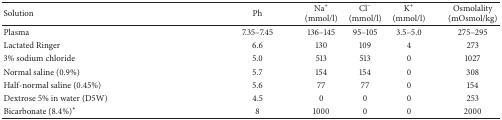
<table><thead><tr><td><b>Solution</b></td><td><b>Ph</b></td><td><b>Na<sup>+</sup> (mmol/l)</b></td><td><b>Cl<sup>−</sup> (mmol/l)</b></td><td><b>K<sup>+</sup> (mmol/l)</b></td><td><b>Osmolality(mOsmol/kg)</b></td></tr></thead><tbody><tr><td>Plasma</td><td>7.35–7.45</td><td>136–145</td><td>95–105</td><td>3.5–5.0</td><td>275–295</td></tr><tr><td>Lactated Ringer</td><td>6.6</td><td>130</td><td>109</td><td>4</td><td>273</td></tr><tr><td>3% sodium chloride</td><td>5.0</td><td>513</td><td>513</td><td>0</td><td>1027</td></tr><tr><td>Normal saline (0.9%)</td><td>5.7</td><td>154</td><td>154</td><td>0</td><td>308</td></tr><tr><td>Half-normal saline (0.45%)</td><td>5.6</td><td>77</td><td>77</td><td>0</td><td>154</td></tr><tr><td>Dextrose 5% in water (D5W)</td><td>4.5</td><td>0</td><td>0</td><td>0</td><td>253</td></tr><tr><td>Bicarbonate (8.4%)<sup><i>∗</i></sup></td><td>8</td><td>1000</td><td>0</td><td>0</td><td>2000</td></tr></tbody></table>